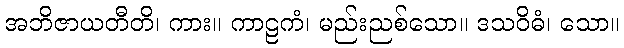
အဘိဇာယတီတိ၊ ကား။ ကာဠကံ၊ မည်းညစ်သော။ ဒသဝိဓံ၊ သော။